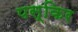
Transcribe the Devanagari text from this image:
पस्किर